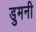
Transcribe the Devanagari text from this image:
डुमनी